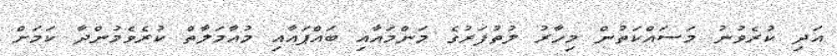
އަދި ކުރެވުނު މަސައްކަތުން މިހާރު ލުތުފަރުގެ މަންމައާއި ބައްޕައާއި މުއާމަލާތް ކުރެވެމުންދާ ކަމަށް